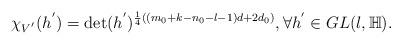
LaTeX: \begin{align*} \chi_{V^{'}}(h^{'})=\det(h^{'})^{\frac{1}{4}((m_{0}+k-n_{0}-l-1)d+2d_{0})}, \forall h^{'}\in GL(l,\mathbb{H}).\end{align*}